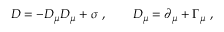
D = - D _ { \mu } D _ { \mu } + \sigma \ , \qquad D _ { \mu } = \partial _ { \mu } + \Gamma _ { \mu } \ ,